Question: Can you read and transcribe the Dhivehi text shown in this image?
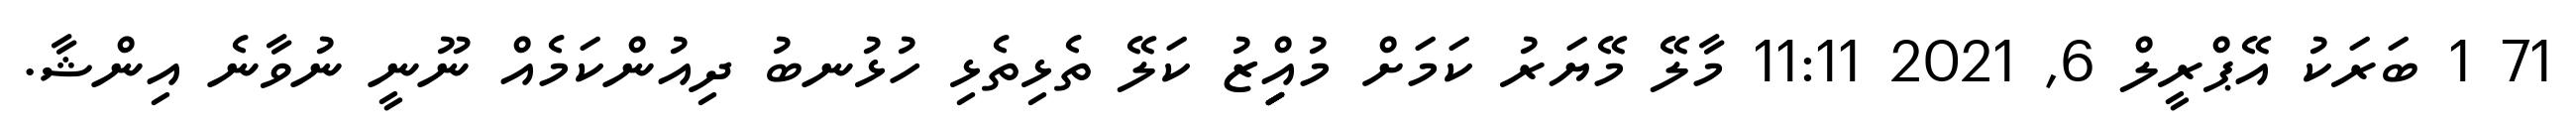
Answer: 71 1 ބަރަކު އޭޕްރީލް 6, 2021 11:11 މާލޭ މޭޔަރު ކަމަށް މުއިިިިިްޒު ކަލޭ ތެޅިތެޅި ހުޅުނބު ދިއުންކަމެއް ނޫނީ ނުވާނެ އިންޝާ.